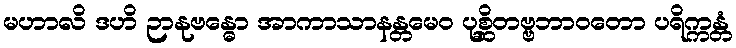
မဟာလိ ဒဟိ ဉာနုဗန္ဓော အာကာသာနန္တမေဝ ပုစ္ဆိတဗ္ဗဘာဝတော ပရိက္ကန္တံ